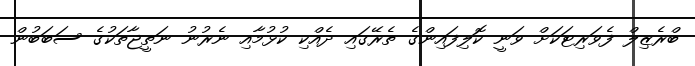
ބްރެޒިލް ފެވަރިޓަކަށް ވަނީ ކޮލިފައިންގެ ތެރޭގައި ދެއްކި ކުޅުމާއި ނެރުނު ނަތީޖާތަކުގެ ސަބަބުން